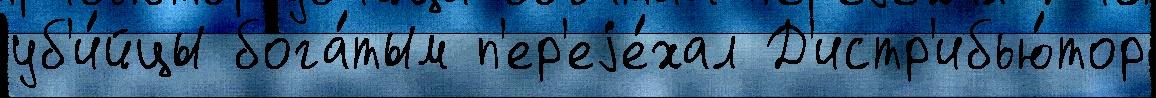
уб'и́йцы бога́тым п'ер'еjе́хал Д'истр'ибью́тор